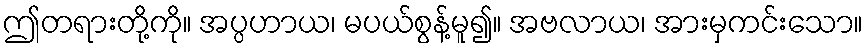
ဤတရားတို့ကို။ အပ္ပဟာယ၊ မပယ်စွန့်မူ၍။ အဗလာယ၊ အားမှကင်းသော။